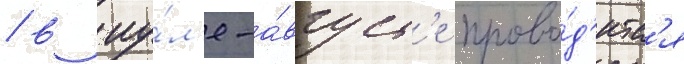
/ в иу́л'е-а́вгуст'е прово́д'итс'я